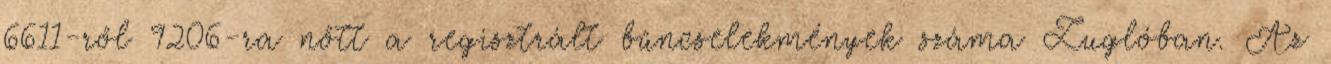
6611-ről 9206-ra nőtt a regisztrált bűncselekmények száma Zuglóban. Az